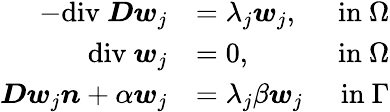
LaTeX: \begin{array}{rlr}{-\mathrm{div}\ \boldsymbol{D}\boldsymbol{w}_{j}}&{=\lambda_{j}\boldsymbol{w}_{j},}&{\mathrm{~in~}\Omega}\\ {\mathrm{div}\ \boldsymbol{w}_{j}}&{=0,}&{\mathrm{~in~}\Omega}\\ {\boldsymbol{D}\boldsymbol{w}_{j}\boldsymbol{n}+\alpha\boldsymbol{w}_{j}}&{=\lambda_{j}\beta\boldsymbol{w}_{j}}&{\mathrm{~in~}\Gamma}\end{array}